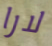
لارا